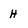
Character: H